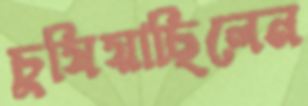
চুষিয়াছিলেন